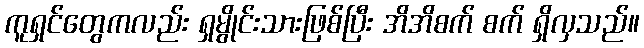
ကူရှင်တွေကလည်း ရှမွိုင်းသားဖြစ်ပြီး အိအိစက် စက် ရှိလှသည်။